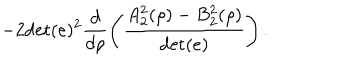
- 2 \mathrm { d e t } ( e ) ^ { 2 } \frac { d } { d \rho } \left( \frac { A _ { 2 } ^ { 2 } ( \rho ) - B _ { 2 } ^ { 2 } ( \rho ) } { \mathrm { d e t } ( e ) } \right) .